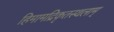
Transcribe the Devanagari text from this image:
हिमामद्रिकृतस्थलाम्